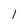
Character: I